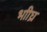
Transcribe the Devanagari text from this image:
भाीघ्र